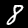
Digit: 8